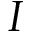
I